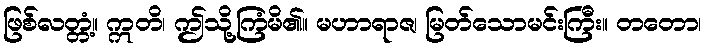
ဖြစ်လတ္တံ့။ ဣတိ၊ ဤသို့ကြံမိ၏။ မဟာရာဇ၊ မြတ်သောမင်းကြီး။ တတော၊